Report on vaccination in Madras 1922-1929 - 1922-1929
Year: 1922
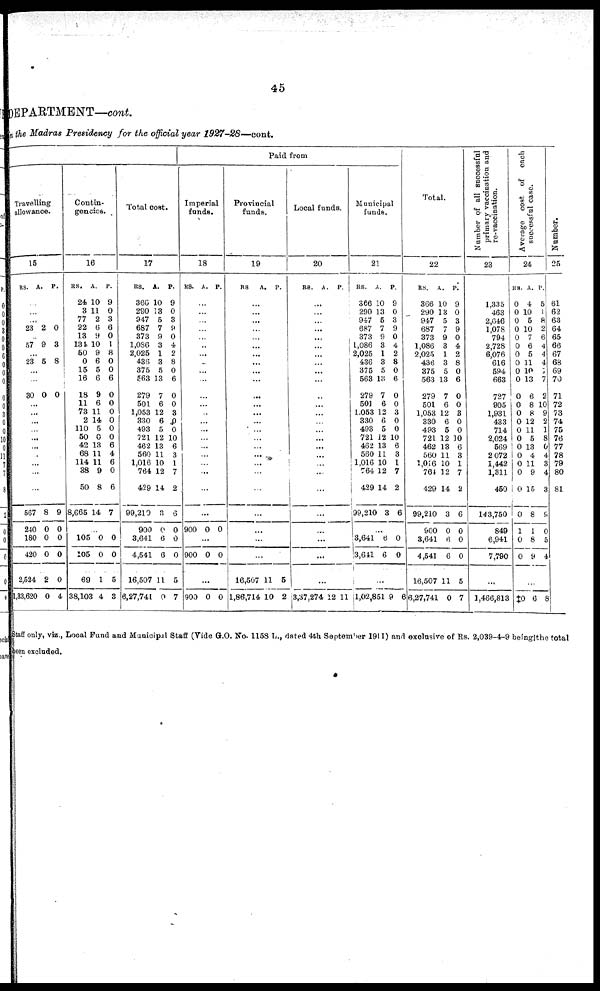
45
DEPARTMENT—cont.
in the Madras Presidency for the official year 1927-28—cont.
Paid from
Travelling
allowanæ.
15
RS. A. P.
...
...
...
23 2 0
...
57 9 3
...
23 5 8
...
...
30 0 0
...
...
...
...
...
...
...
...
...
...
567
240
180
420
2,524
1,33,620
8
0
0
0
2
0
0
0
0
0
0
4
Contin-
gencies.
16
RS.
24
8
77
22
13
134
50
0
15
16
18
11
73
2
110
50
42
68
114
38
50
8,665
A.
10
11
2
6
9
10
9
6
5
6
9
6
11
14
5
0
13
11
11
9
8
14
P.
9
0
3
6
0
1
8
0
0
6
0
0
0
0
0
0
6
4
6
0
6
7
...
105
105
69
38,103
0
0
1
4
0
0
5
3
Total cost.
17
RS.
366
280
947
687
373
1,086
2,025
436
375
563
279
501
1,053
330
493
721
462
560
1,016
764
429
99,210
900
3,641
4,541
16,507
6,27,741
A.
10
13
5
7
9
3
1
3
5
13
7
6
12
6
5
12
13
11
10
12
14
8
0
6
6
11
0
P.
9
0
3
9
0
4
2
8
0
6
0
0
3
0
0
10
6
3
1
7
2
6
0
0
0
5
7
Imperial
funds.
18
RS. A. P.
...
...
...
...
...
..
...
...
...
...
...
...
...
...
...
...
...
...
...
...
...
...
900 0 0
...
900 0 0
...
900 0 0
Provincial
funds.
19
RS.
A. P.
...
...
...
...
...
...
...
...
...
...
...
...
...
...
...
...
...
...
...
...
...
...
...
...
...
16,507
1,86,714
11
10
5
2
Local funds.
20
RS. A.
P.
...
...
...
...
...
...
...
...
...
...
...
...
...
...
...
...
...
...
...
...
...
...
...
...
...
...
3,37,274 12 11
Municipal
funds.
21
RS.
366
290
947
687
373
1,086
2,025
436
375
563
279
501
1,053
330
493
721
462
560
1,016
764
429
99,210
A.
10
13
5
7
9
3
1
3
5
13
7
6
12
6
5
12
13
11
10
12
14
3
P.
9
0
3
9
0
4
2
8
0
6
0
0
3
0
0
10
6
3
1
7
2
6
...
3,641
3,641
6
6
0
0
...
1,02,851 9 6
Total.
22
RS.
366
290
947
687
373
1,086
2,025
436
375
563
279
501
1,053
330
493
721
462
560
1,016
764
429
99,210
900
3,641
4,541
16,507
6,27,741
A.
10
13
5
7
9
3
1
3
5
13
7
6
12
6
5
12
13
11
10
12
14
3
0
6
6
11
0
P.
9
0
3
9
0
4
2
8
0
6
0
0
3
0
0
10
6
3
1
7
2
6
0
0
0
5
7
Number of all successful
primary vaccination and
re-vaccination.
23
1,335
463
2,646
1,078
794
2,728
6,076
616
594
663
727
905
1,931
433
714
2,024
569
2,072
1,442
1,311
450
143,750
849
6,941
7,700
...
1,466,813
Average cost, of each
successful case.
24
RS.
0
0
0
0
0
0
0
0
0
0
0
0
0
0
0
0
0
0
0
0
0
0
1
0
0
A.
4
10
5
10
7
6
5
11
10
13
6
8
8
12
11
5
13
4
11
9
15
8
1
8
9
P.
5
1
8
2
6
4
4
4
0
7
2
10
9
2
1
8
0
4
3
4
3
9
0
5
4
...
‡0 6 8
Number.
25
61
62
63
64
65
66
67
68
69
70
71
72
73
74
75
76
77
78
79
80
81
Staff only, viz., Local Fund and Municipal Staff (Vide G.O. No. 1158 L,., dated 4th September 1911) and exclusive of Rs. 2,039-4-9 being the total
been excluded.